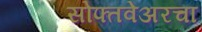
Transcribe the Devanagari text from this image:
सोफ्तवेअरचा